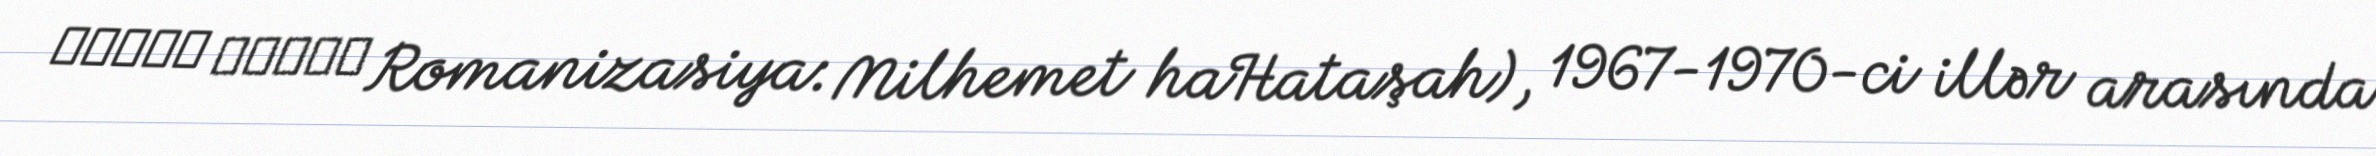
מלחמת ההתשה Romanizasiya: Milhemet haHataşah), 1967-1970-ci illər arasında